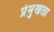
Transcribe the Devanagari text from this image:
प्रंमुखता